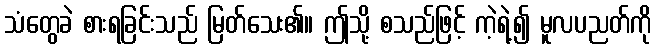
သံတွေခဲ စားရခြင်းသည် မြတ်သေး၏။ ဤသို့ စသည်ဖြင့် ကဲ့ရဲ့၍ မူလပညတ်ကို